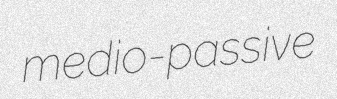
medio-passive